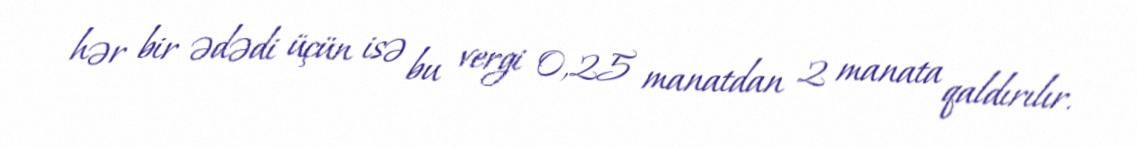
hər bir ədədi üçün isə bu vergi 0,25 manatdan 2 manata qaldırılır.